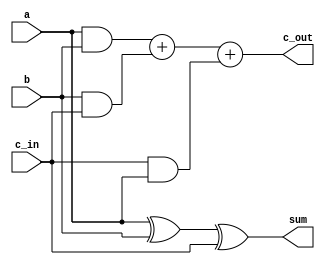
//3A. implementation fo Full adder using dataflow
module FA (
		input a,
		input b,
		input c_in,
	
		output sum,
		output c_out
	);
	
	//assign {c_out,sum}=a+b;
	
	assign sum = a^b^c_in;
	assign c_out = (a&b)+(b&c_in)+(c_in&a);
endmodule